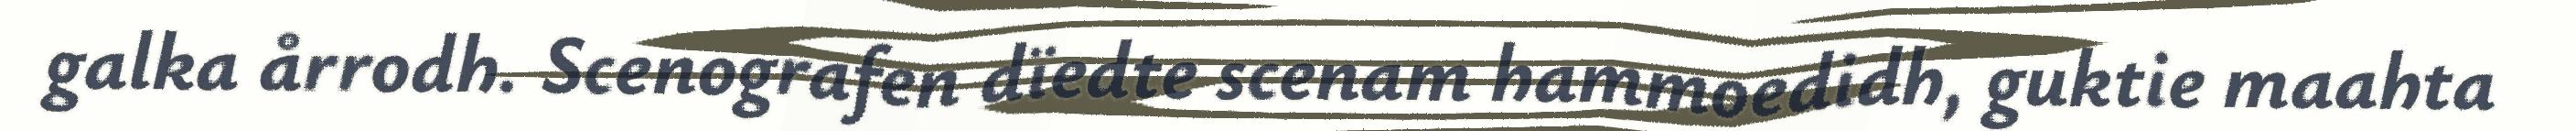
galka årrodh. Scenografen dïedte scenam hammoedidh, guktie maahta